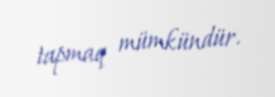
tapmaq mümkündür.